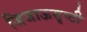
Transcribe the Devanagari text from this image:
जिजाऊसृष्टी